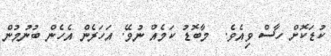
ކުޑަކޮށް ހާސް ވިއެވެ.  މާބޮޑު ކަމެއް ނުވޭ. އަހަރެން އެހެން ބުނުމުން